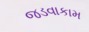
જડવાકામ